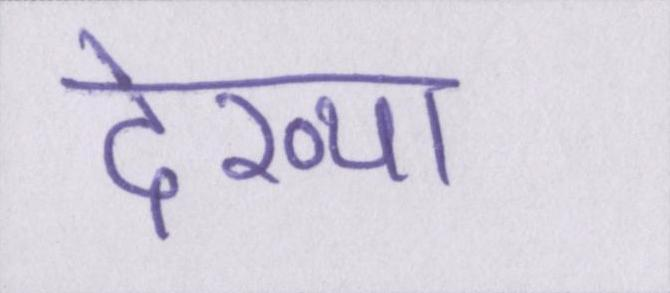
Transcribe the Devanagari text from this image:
देख्या